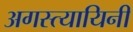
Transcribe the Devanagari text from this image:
अगस्त्यायिनी